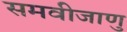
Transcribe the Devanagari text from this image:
समवीजाणु